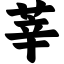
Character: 莘